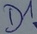
Text: D1